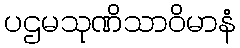
ပဌမသုဏိသာဝိမာနံ